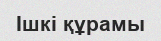
Ішкі құрамы